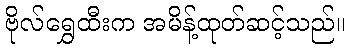
ဗိုလ်ရွှေထီးက အမိန့်ထုတ်ဆင့်သည်။